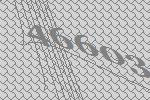
46603